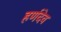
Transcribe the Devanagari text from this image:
हर्णदेव